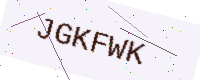
Text: JGKFWK